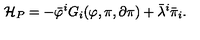
{ \cal H } _ { P } = - \bar { \varphi } ^ { i } G _ { i } ( \varphi , \pi , \partial \pi ) + \bar { \lambda } ^ { i } \bar { \pi } _ { i } .